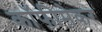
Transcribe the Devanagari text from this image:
कॉफीमेकर